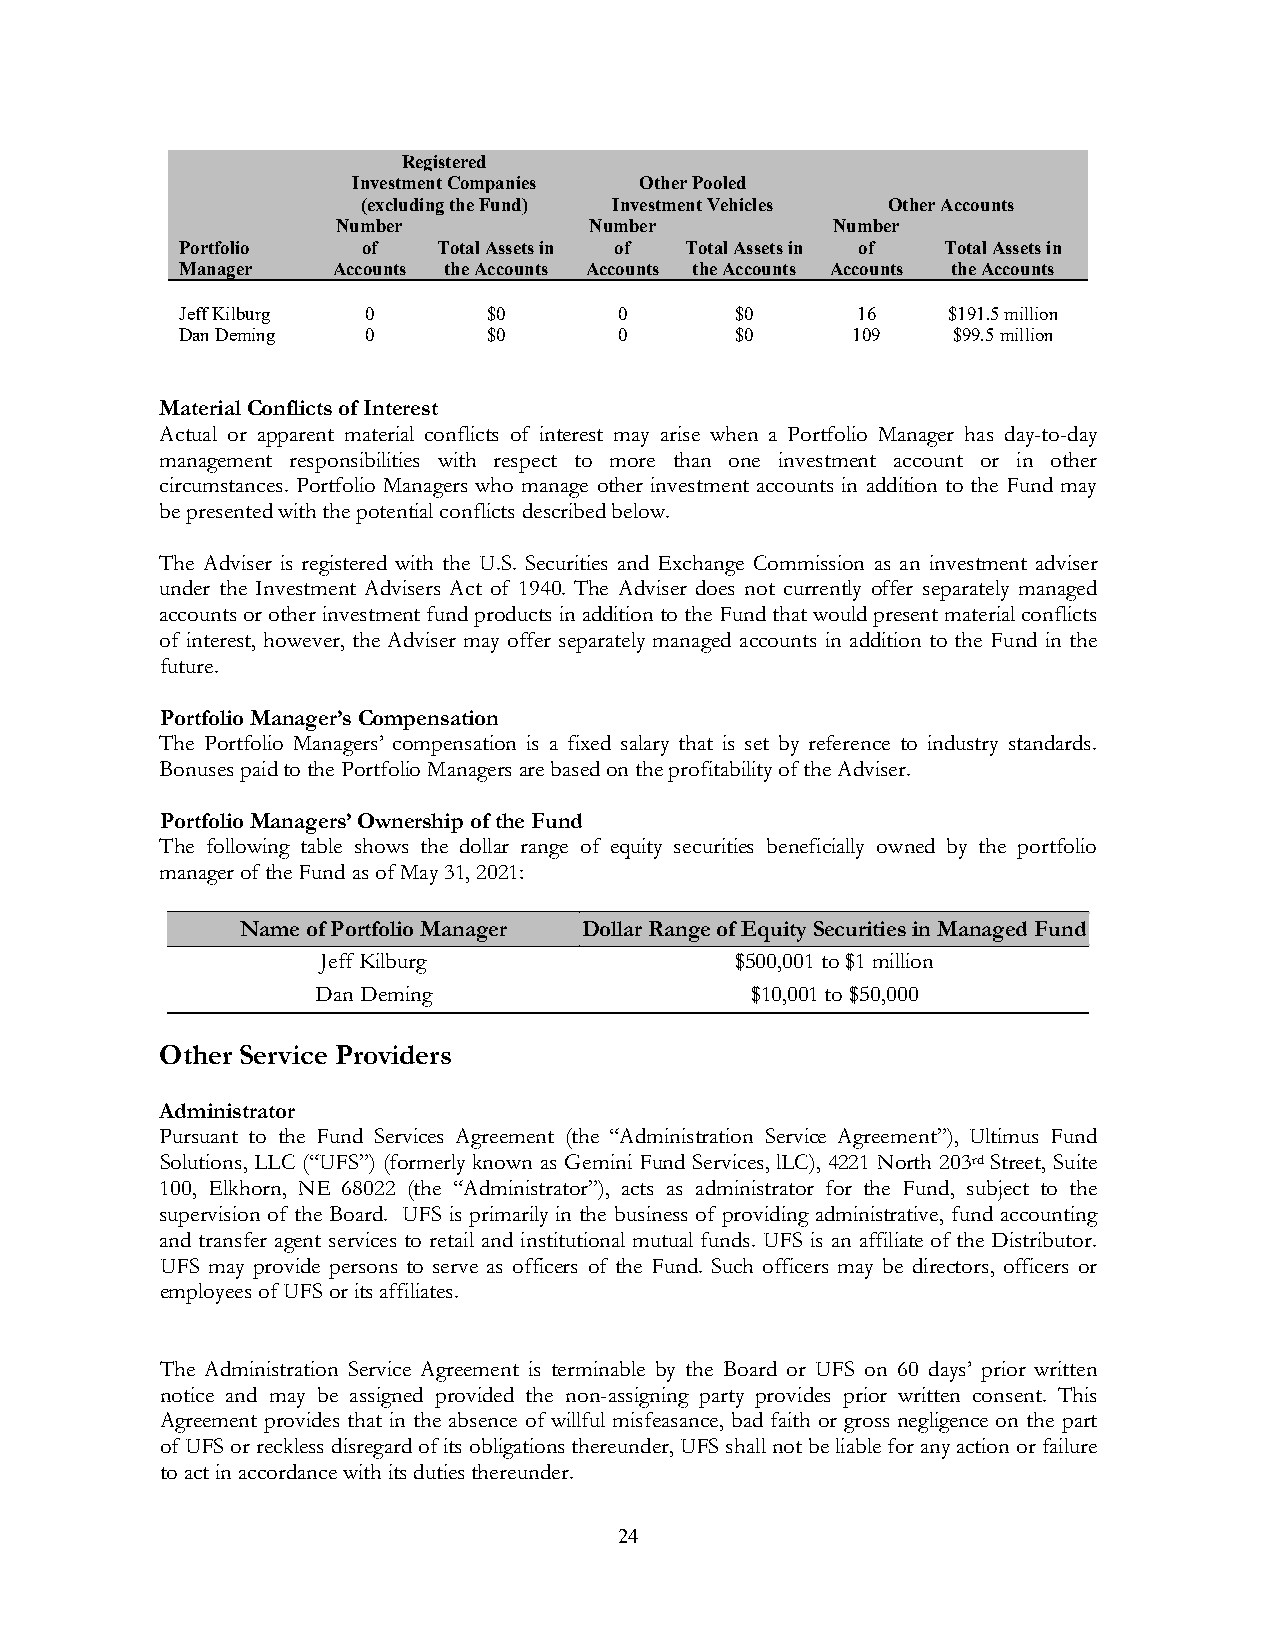
Registered
 Investment Companies Other Pooled
 (excluding the Fund) Investment Vehicles Other Accounts
 Number           Number          Number
 Portfolio   of   Total Assets in of Total Assets in of Total Assets in
 Manager   Accounts the Accounts Accounts the Accounts Accounts the Accounts
 Jeff Kilburg 0      $0       0       $0      16    $191.5 million
 Dan Deming  0       $0       0       $0     109    $99.5 million
 Material Conflicts of Interest
 Actual or apparent material conflicts of interest may arise when a Portfolio Manager has day-to-day
 management responsibilities with respect to more than one investment account or in other
 circumstances. Portfolio Managers who manage other investment accounts in addition to the Fund may
 be presented with the potential conflicts described below.
 The Adviser is registered with the U.S. Securities and Exchange Commission as an investment adviser
 under the Investment Advisers Act of 1940. The Adviser does not currently offer separately managed
 accounts or other investment fund products in addition to the Fund that would present material conflicts
 of interest, however, the Adviser may offer separately managed accounts in addition to the Fund in the
 future.
 Portfolio Manager’s Compensation
 The Portfolio Managers’ compensation is a fixed salary that is set by reference to industry standards.
 Bonuses paid to the Portfolio Managers are based on the profitability of the Adviser.
 Portfolio Managers’ Ownership of the Fund
 The following table shows the dollar range of equity securities beneficially owned by the portfolio
 manager of the Fund as of May 31, 2021:
 Name of Portfolio Manager Dollar Range of Equity Securities in Managed Fund
 Jeff Kilburg                $500,001 to $1 million
 Dan Deming                   $10,001 to $50,000
 Other Service Providers
 Administrator
 Pursuant to the Fund Services Agreement (the “Administration Service Agreement”), Ultimus Fund
 Solutions, LLC (“UFS”) (formerly known as Gemini Fund Services, lLC), 4221 North 203rd Street, Suite
 100, Elkhorn, NE 68022 (the “Administrator”), acts as administrator for the Fund, subject to the
 supervision of the Board. UFS is primarily in the business of providing administrative, fund accounting
 and transfer agent services to retail and institutional mutual funds. UFS is an affiliate of the Distributor.
 UFS may provide persons to serve as officers of the Fund. Such officers may be directors, officers or
 employees of UFS or its affiliates.
 The Administration Service Agreement is terminable by the Board or UFS on 60 days’ prior written
 notice and may be assigned provided the non-assigning party provides prior written consent. This
 Agreement provides that in the absence of willful misfeasance, bad faith or gross negligence on the part
 of UFS or reckless disregard of its obligations thereunder, UFS shall not be liable for any action or failure
 to act in accordance with its duties thereunder.
 24